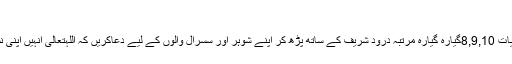
(جاری ہے) ہ
اپنی سہولت سے کوئی ایک وقت مقررکرکے روزانہ اکتالیس مرتبہ سورہ رعد کی (13) کی آیات 8,9,10گیارہ گیارہ مرتبہ درود شریف کے ساتھ پڑھ کر اپنے شوہر اور سسرال والوں کے لیے دعاکریں کہ اللہتعالیٰ انہیں اپنی نشانیوں پر غورکرنے کی توفیق عطا فرمائے اور آپ کو بہت خوشیاں اور سکون عطا فرمائے۔